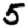
Digit: 5